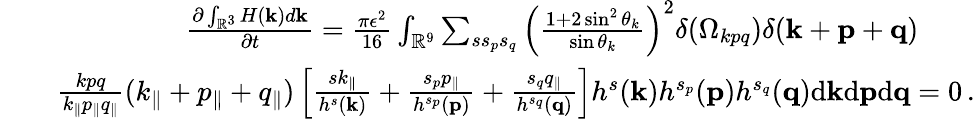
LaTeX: \begin{array}{rlr}&{}&{\frac{\partial\int_{{\mathbb{R}}^{3}}H({\mathbf k})d{\mathbf k}}{\partial t}=\frac{\pi\epsilon^{2}}{16}\int_{{\mathbb{R}}^{9}}\sum_{ss_{p}s_{q}}\left(\frac{1+2\sin^{2}\theta_{k}}{\sin\theta_{k}}\right)^{2}\delta(\Omega_{kpq})\delta({\mathbf k}+{\mathbf p}+{\mathbf q})\quad\quad}\\ &{}&{\frac{kpq}{k_{\parallel}p_{\parallel}q_{\parallel}}(k_{\parallel}+p_{\parallel}+q_{\parallel})\left[\frac{sk_{\parallel}}{h^{s}({\mathbf k})}+\frac{s_{p}p_{\parallel}}{h^{s_{p}}({\mathbf p})}+\frac{s_{q}q_{\parallel}}{h^{s_{q}}({\mathbf q})}\right]h^{s}({\mathbf k})h^{s_{p}}({\mathbf p})h^{s_{q}}({\mathbf q})\mathrm{d}{\mathbf k}\mathrm{d}{\mathbf p}\mathrm{d}{\mathbf q}=0\, .}\end{array}